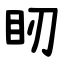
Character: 䀔